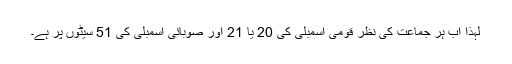
لہذا اب ہر جماعت کی نظر قومی اسمبلی کی 20 یا 21 اور صوبائی اسمبلی کی 51 سیٹوں پر ہے۔